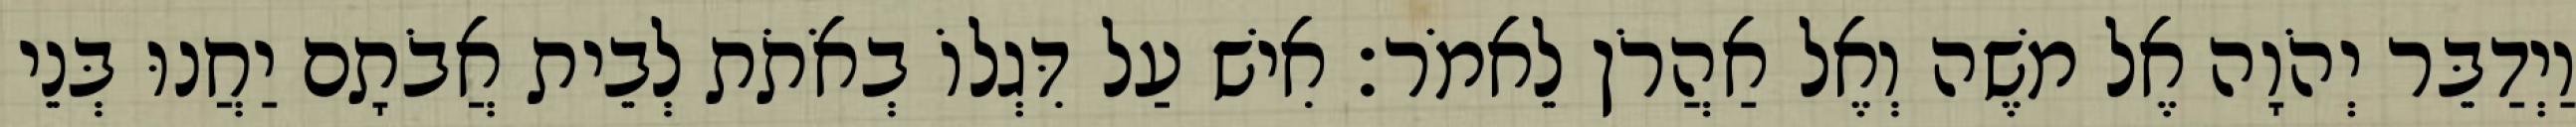
וַיְדַבֵּר יְהֹוָה אֶל משֶׁה וְאֶל אַהֲרֹן לֵאמֹר׃ אִישׁ עַל דִּגְלוֹ בְאֹתֹת לְבֵית אֲבֹתָם יַחֲנוּ בְּנֵי